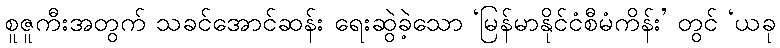
စူဇူကီးအတွက် သခင်အောင်ဆန်း ရေးဆွဲခဲ့သော ‘မြန်မာနိုင်ငံစီမံကိန်း’ တွင် ‘ယခု